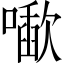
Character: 𰈱